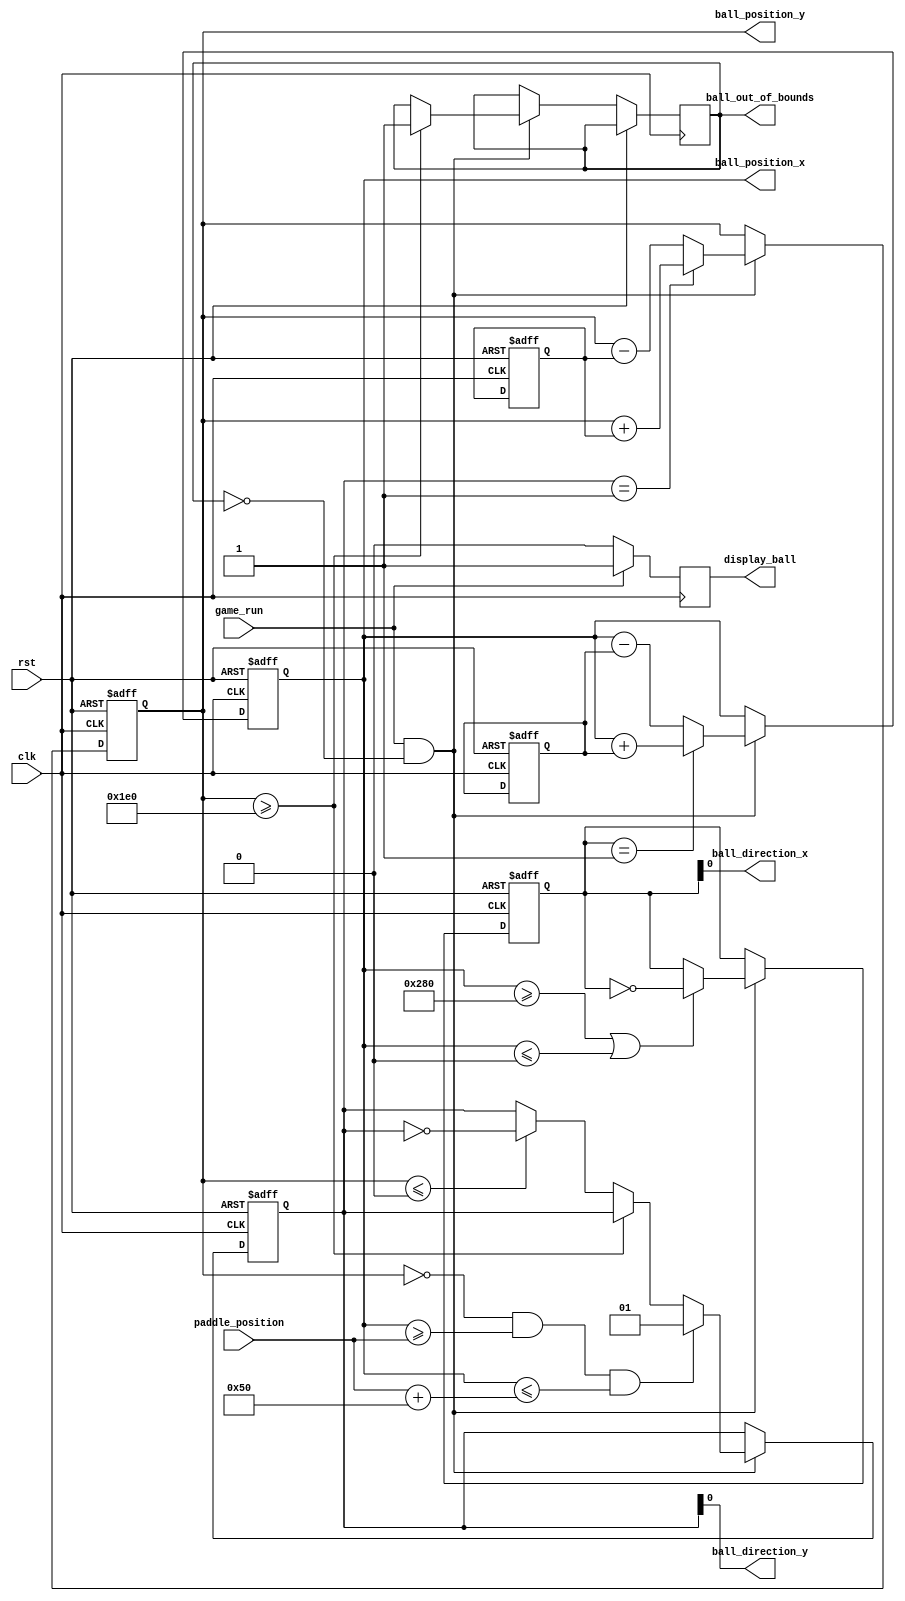
module Ball(
  input wire clk,         
  input wire rst,         
  input wire game_run,    
  input wire paddle_position, 
  output reg ball_out_of_bounds, 

  output reg [9:0] ball_position_x, 
  output reg [9:0] ball_position_y, 
  output wire ball_direction_x,       // (0 for left, 1 for right)
  output wire ball_direction_y,  // (0 for down, 1 for up)
  output reg display_ball
);

  parameter ball_height = 16;
  parameter ball_width = 16;
  parameter MAX_X = 640; 
  parameter MAX_Y = 480; 

  reg [9:0] velocity_x, velocity_y;

  reg [1:0] direction_x, direction_y;

  initial begin
    ball_position_x = MAX_X / 2; 
    ball_position_y = MAX_Y / 2;
    velocity_x = 4'b0100; 
    velocity_y = 4'b0100;
    direction_x = 1'b1; 
    direction_y = 1'b1;
  end

  always @(posedge clk or posedge rst) begin
    if (rst) begin
      ball_position_x <= MAX_X / 2;
      ball_position_y <= MAX_Y / 2;
      velocity_x <= 4'b0100;
      velocity_y <= 4'b0100;
      direction_x <= 1'b1;
      direction_y <= 1'b1;
    end else if (game_run && !ball_out_of_bounds) begin
      // Update ball position based on velocity and direction
      ball_position_x <= (direction_x == 1'b1) ? (ball_position_x + velocity_x) : (ball_position_x - velocity_x);
      ball_position_y <= (direction_y == 1'b1) ? (ball_position_y + velocity_y) : (ball_position_y - velocity_y);

      // Reflect ball off the walls
      if (ball_position_x >= MAX_X || ball_position_x <= 0) begin
        direction_x <= ~direction_x;
      end

      if (ball_position_y >= MAX_Y) begin
        ball_out_of_bounds <= 1'b1;
      end else if (ball_position_y <= 0) begin
        direction_y <= ~direction_y;
      end

      // Reflect ball off the paddle
      if (ball_position_y == 0 && ball_position_x >= paddle_position && ball_position_x <= (paddle_position + 80)) begin
        direction_y <= 1'b1;
      end
    end
  end

  // Output ball direction
  assign ball_direction_x = direction_x;
  assign ball_direction_y = direction_y;
  
always @(posedge clk)
begin
    if (game_run)
      display_ball <= 1'b1;
    else
      display_ball <= 1'b0;
end


endmodule